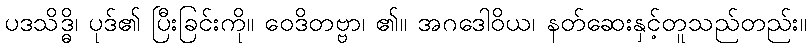
ပဒသိဒ္ဓိ၊ ပုဒ်၏ ပြီးခြင်းကို။ ဝေဒိတဗ္ဗာ၊ ၏။ အဂဒေါဝိယ၊ နတ်ဆေးနှင့်တူသည်တည်း။